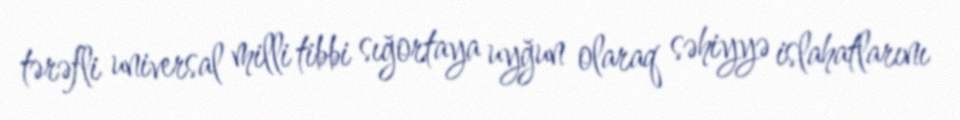
tərəfli universal milli tibbi sığortaya uyğun olaraq səhiyyə islahatlarını